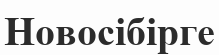
Новосібірге